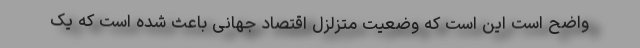
واضح است این است که وضعیت متزلزل اقتصاد جهانی باعث شده است که یک